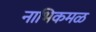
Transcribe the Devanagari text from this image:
नाभिकमळ